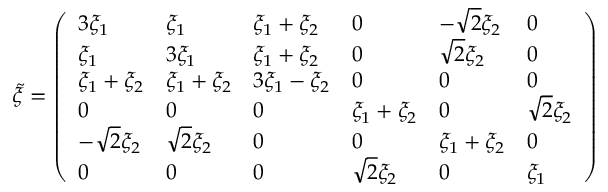
\tilde { \xi } = \left( \begin{array} { l l l l l l } { 3 \xi _ { 1 } } & { \xi _ { 1 } } & { \xi _ { 1 } + \xi _ { 2 } } & { 0 } & { - \sqrt { 2 } \xi _ { 2 } } & { 0 } \\ { \xi _ { 1 } } & { 3 \xi _ { 1 } } & { \xi _ { 1 } + \xi _ { 2 } } & { 0 } & { \sqrt { 2 } \xi _ { 2 } } & { 0 } \\ { \xi _ { 1 } + \xi _ { 2 } } & { \xi _ { 1 } + \xi _ { 2 } } & { 3 \xi _ { 1 } - \xi _ { 2 } } & { 0 } & { 0 } & { 0 } \\ { 0 } & { 0 } & { 0 } & { \xi _ { 1 } + \xi _ { 2 } } & { 0 } & { \sqrt { 2 } \xi _ { 2 } } \\ { - \sqrt { 2 } \xi _ { 2 } } & { \sqrt { 2 } \xi _ { 2 } } & { 0 } & { 0 } & { \xi _ { 1 } + \xi _ { 2 } } & { 0 } \\ { 0 } & { 0 } & { 0 } & { \sqrt { 2 } \xi _ { 2 } } & { 0 } & { \xi _ { 1 } } \end{array} \right)